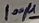
Text: 100µ